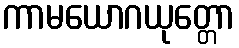
ကာမယောဂယုတ္တော